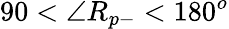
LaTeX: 90<\angle R_{p-}<180^{o}